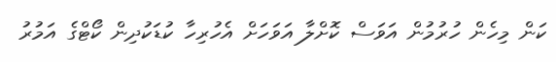
ކަން މިހެން ހުރުމުން އަވަސް ކޮށްލާ އަވަހަށް އެހުރިހާ ކުޑަކުދިން ކޯޓްގެ އަމުރު